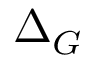
\Delta _ { G }